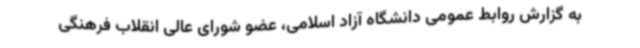
به گزارش روابط عمومی دانشگاه آزاد اسلامی، عضو شورای عالی انقلاب فرهنگی